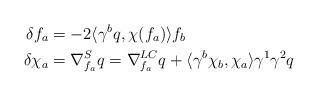
LaTeX: \begin{align*}\delta f_a &= -2\langle\gamma^b q, \chi(f_a)\rangle f_b \\\delta \chi_a&= \nabla_{f_a}^S q = \nabla^{LC}_{f_a} q + \langle \gamma^b\chi_b, \chi_a\rangle \gamma^1\gamma^2q\end{align*}